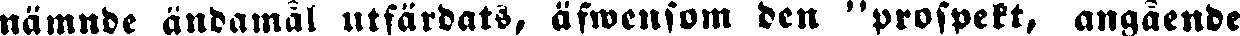
nämnde ändamål utfärdats, äfwensom den "prospekt, angående